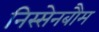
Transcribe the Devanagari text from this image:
निस्सेनबौम